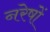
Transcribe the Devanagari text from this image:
नरेषों